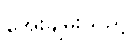
အေးချမ်းသည့်